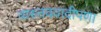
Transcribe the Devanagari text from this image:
वास्तववादीपणा